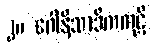
၂။ ဂေါနိသာဒိကကုဋိ